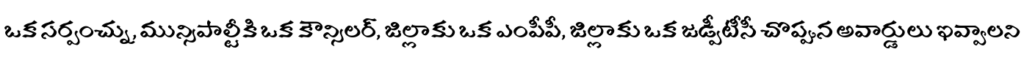
ఒక సర్పంచ్ను, మున్సిపాల్టీకి ఒక కౌన్సిలర్, జిల్లాకు ఒక ఎంపీపీ, జిల్లాకు ఒక జడ్పీటీసీ చొప్పున అవార్డులు ఇవ్వాలని